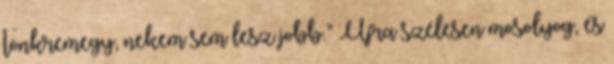
tönkremegy, nekem sem lesz jobb.” Újra szélesen mosolyog, és